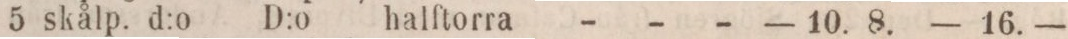
5 skålp. d:o D:o halftorra - - -    — 10. 8. —    16. —